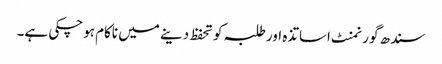
سندھ گورنمنٹ اساتذہ اور طلبہ کو تحفظ دینے میں ناکام ہوچکی ہے۔